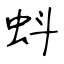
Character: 蚪